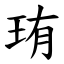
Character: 珛